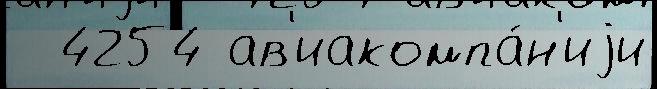
  4254 ав'иакомпа́н'иjи